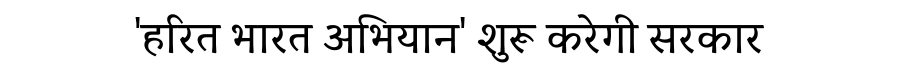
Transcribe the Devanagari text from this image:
'हरित भारत अभियान' शुरू करेगी सरकार